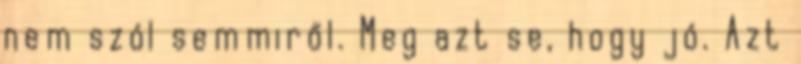
nem szól semmiről. Meg azt se, hogy jó. Azt